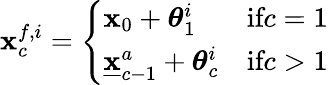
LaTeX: {\mathbf x}_{c}^{f,i}=\left\{ \begin{array}{ll}{{\mathbf x}_{0}+{\boldsymbol{\theta}}_{1}^{i}}&{\textnormal{if}c=1}\\ {\underline{{\mathbf x}}_{c-1}^{a}+{\boldsymbol{\theta}}_{c}^{i}}&{\textnormal{if}c>1}\end{array}\right.